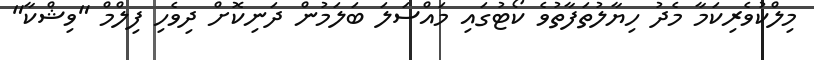
މިލްކުވެރިކަމާ މެދު ހިޔާލުތަފާތުވެ ކޯޓުގައި މައްސަލަ ބަލަމުން ދަނިކޮށް ދިވެހި ފިލްމް "ވިޝްކާ"